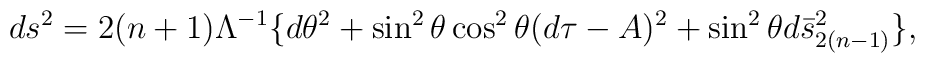
ds^{2} = 2(n+1) \Lambda^{-1} \lbrace d\theta^{2} + \sin^{2}\theta \cos^{2}\theta (d\tau - A)^{2} + \sin^{2}\theta d\bar{s}_{2(n-1)}^{2}\rbrace,